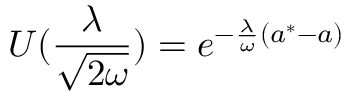
U ( \frac { \lambda } { \sqrt { 2 \omega } } ) = e ^ { - \frac { \lambda } { \omega } ( a ^ { * } - a ) }